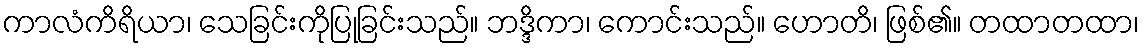
ကာလံကိရိယာ၊ သေခြင်းကိုပြုခြင်းသည်။ ဘဒ္ဒိကာ၊ ကောင်းသည်။ ဟောတိ၊ ဖြစ်၏။ တထာတထာ၊